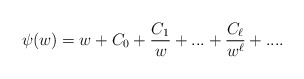
\begin{align*}\psi(w)=w+C_0+\frac{C_1}{w}+...+\frac{C_\ell}{w^\ell}+... .\end{align*}